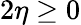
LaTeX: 2\eta\geq 0